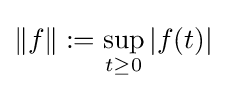
\|f\|:=\sup _{t\geq 0}|f(t)|